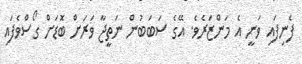
ފެނިފައި ވަނީ އެ މަންޒަރެވެ. އޭގެ ސަބަބުން ނަތީޖާ ވަރަށް ބޮޑަށް ގޯސްވެފައި